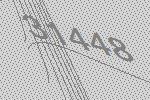
31448